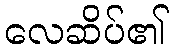
လေဆိပ်၏